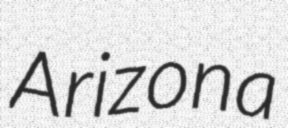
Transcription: Arizona